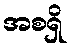
အစရှိ